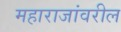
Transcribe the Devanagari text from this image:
महाराजांवरील